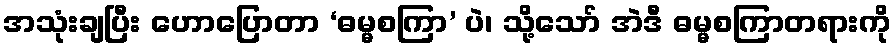
အသုံးချပြီး ဟောပြောတာ ‘ဓမ္မစကြာ’ ပဲ၊ သို့သော် အဲဒီ ဓမ္မစကြာတရားကို